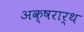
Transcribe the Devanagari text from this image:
अक्षरार्थ